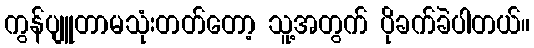
ကွန်ပျူတာမသုံးတတ်တော့ သူ့အတွက် ပိုခက်ခဲပါတယ်။